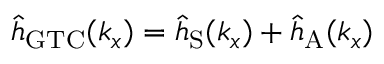
{ \hat { h } } _ { \mathrm { G T C } } ( k _ { x } ) = { \hat { h } } _ { \mathrm { S } } ( { k _ { x } } ) + { \hat { h } } _ { \mathrm { A } } ( { k _ { x } } )